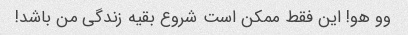
وو هو! این فقط ممکن است شروع بقیه زندگی من باشد!